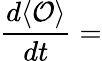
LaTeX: \frac{d\langle{\mathcal O}\rangle}{dt}=